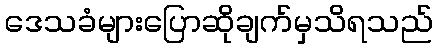
ဒေသခံများပြောဆိုချက်မှသိရသည်